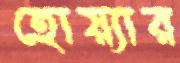
হোয়্যার